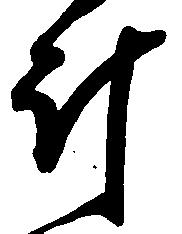
斗